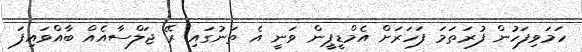
ހަމަވިފަހުން ފުރަތަމަ ފަހަރަށް އެމްޑީޕީން ވަނީ އެ ތަނުގައި ރޭ ޖަލްސާއެއް ބާއްވައިފަ